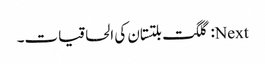
Next: گلگت بلتستان کی الحاقیات۔